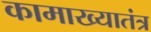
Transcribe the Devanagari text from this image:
कामाख्यातंत्र